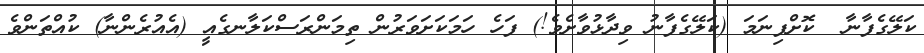
ކަލޭގެފާނާ  ކޮށްފިނަމަ (ކަލޭގެފާނު ވިދާޅުވާށެވެ!) ފަހެ ހަމަކަށަވަރުން ތިމަންރަސްކަލާނގެއީ (އެއުރެންނާ) ކުއްތަންވެ